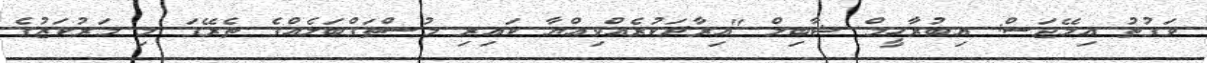
ވަގުތު އިމޭޖަސް: އިބުރާހީމް ޝާބިލް "އިރާދަކުރެއްވިއްޔާ ކައިރި މުސްތަގްބަލެއްގެ ތެރޭގަ މި މަރުކަޒުގެ